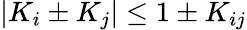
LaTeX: |K_{i}\pm K_{j}|\le 1\pm K_{ij}